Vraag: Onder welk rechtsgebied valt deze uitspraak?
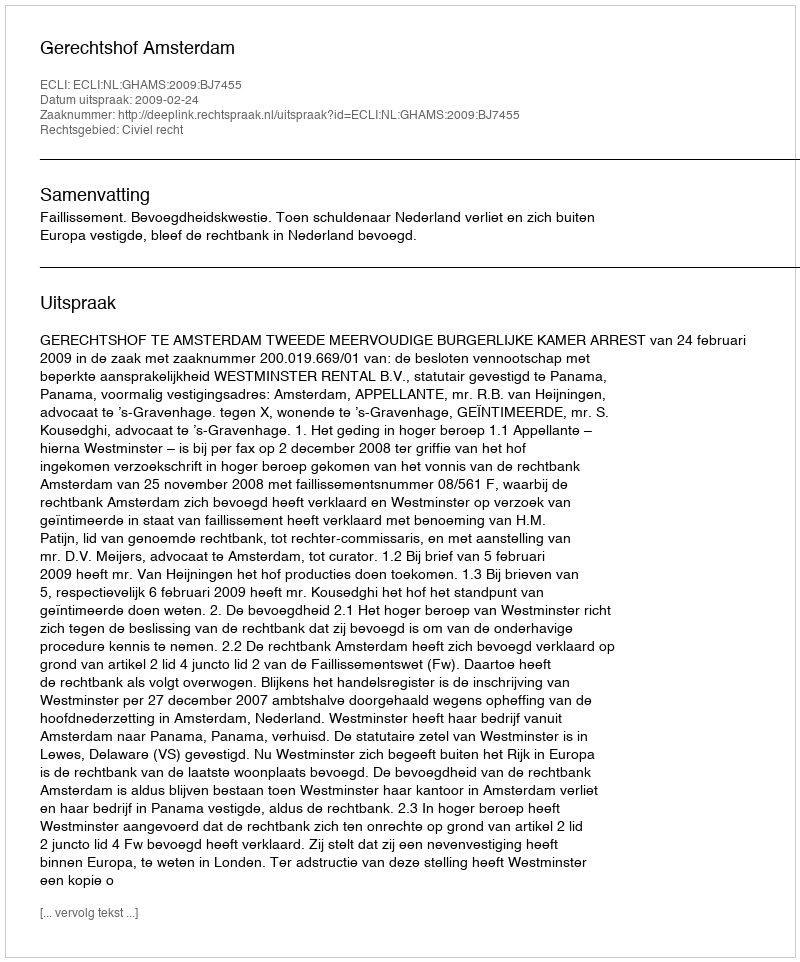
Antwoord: Civiel recht